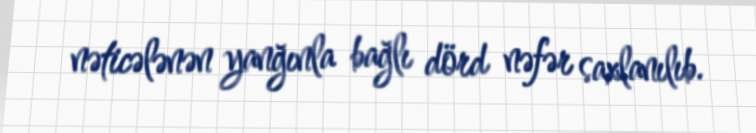
nəticələnən yanğınla bağlı dörd nəfər saxlanılıb.